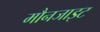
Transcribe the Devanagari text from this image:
मौनजाइट